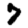
Digit: 7